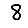
Digit: 8